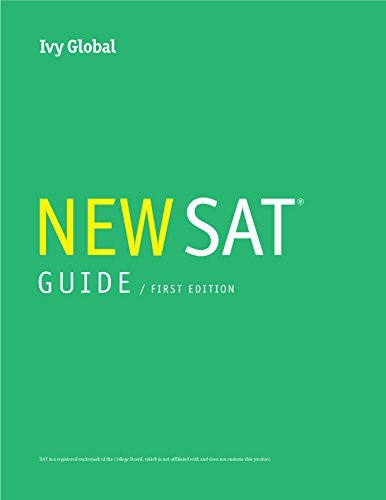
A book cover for Ivy Global's New SAT 2016 Guide, 1st Edition (Prep Book); Ivy Global; Test Preparation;